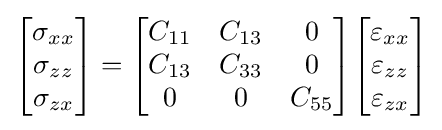
{\begin{bmatrix}\sigma _{xx}\\\sigma _{zz}\\\sigma _{zx}\end{bmatrix}}={\begin{bmatrix}C_{11}&C_{13}&0\\C_{13}&C_{33}&0\\0&0&C_{55}\end{bmatrix}}{\begin{bmatrix}\varepsilon _{xx}\\\varepsilon _{zz}\\\varepsilon _{zx}\end{bmatrix}}